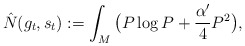
\begin{align*}\hat N(g_t,s_t):=\int_M\big(P\log P+\frac{\alpha'}{4}P^2\big),\end{align*}